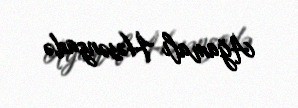
Ağamalı Həsənzadə